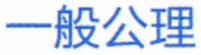
一般公理